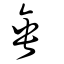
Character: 埀